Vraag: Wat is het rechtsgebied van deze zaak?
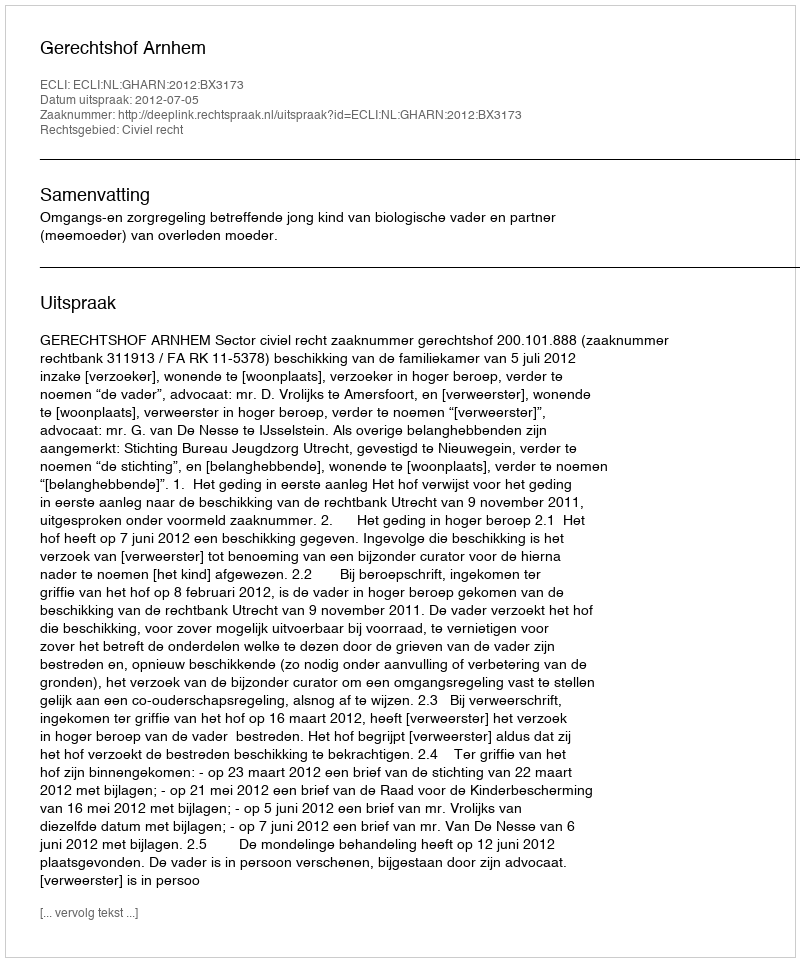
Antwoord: Civiel recht